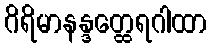
ဂိရိမာနန္ဒတ္ထေရဂါထာ